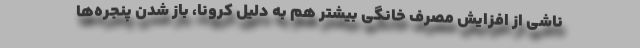
ناشی از افزایش مصرف خانگی بیشتر هم به دلیل کرونا، باز شدن پنجره‌ها